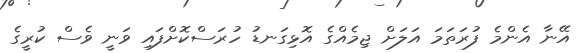
އޭނާ އެންމެ ފުރަތަމަ އަލަށް ޖިމެއްގެ އޮޅިގަނޑު ހުރަސްކޮށްފައި ވަނީ ވެސް ކުރީގެ